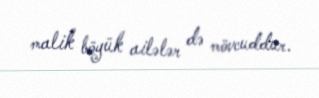
malik böyük ailələr də mövcuddur.